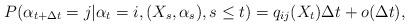
LaTeX: \begin{align*}P(\alpha_{t+ \Delta t}=j | \alpha_{t}=i, (X_s, \alpha_s ), s\leq t)= q_{ij}(X_t) \Delta t+ o(\Delta t),\end{align*}